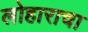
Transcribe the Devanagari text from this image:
लोहाराचा